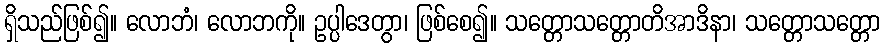
ရှိသည်ဖြစ်၍။ လောဘံ၊ လောဘကို။ ဥပ္ပါဒေတွာ၊ ဖြစ်စေ၍။ သတ္တောသတ္တောတိအာဒိနာ၊ သတ္တောသတ္တော